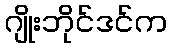
ဂျိုးဘိုင်ဒင်က